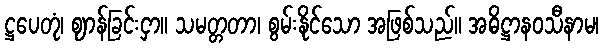
ဋ္ဌပေတုံ၊ ဈာန်ခြင်းငှာ။ သမတ္တတာ၊ စွမ်းနိုင်သော အဖြစ်သည်။ အဓိဋ္ဌာနဝသီနာမ၊